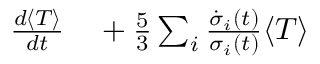
\begin{array} { r l } { \frac { d \langle T \rangle } { d t } } & { { } + \frac { 5 } { 3 } \sum _ { i } \frac { \dot { \sigma } _ { i } ( t ) } { \sigma _ { i } ( t ) } \langle T \rangle } \end{array}